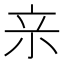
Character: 𭕉